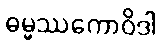
ဓမ္မဿကောဝိဒါ